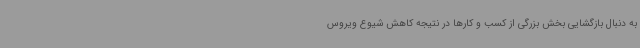
به دنبال بازگشایی بخش بزرگی از کسب و کارها در نتیجه کاهش شیوع ویروس